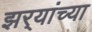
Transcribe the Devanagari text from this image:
झर्‍यांच्या